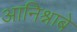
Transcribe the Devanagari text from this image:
आनिश्नाबे